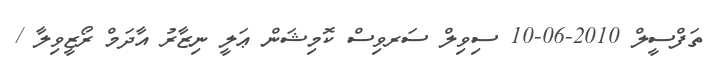
ތަފްސީލް 2010-06-10 ސިވިލް ސަރވިސް ކޮމިޝަން ޢަލީ ނިޒާރު އާދަމް ރޯޒީވިލާ /